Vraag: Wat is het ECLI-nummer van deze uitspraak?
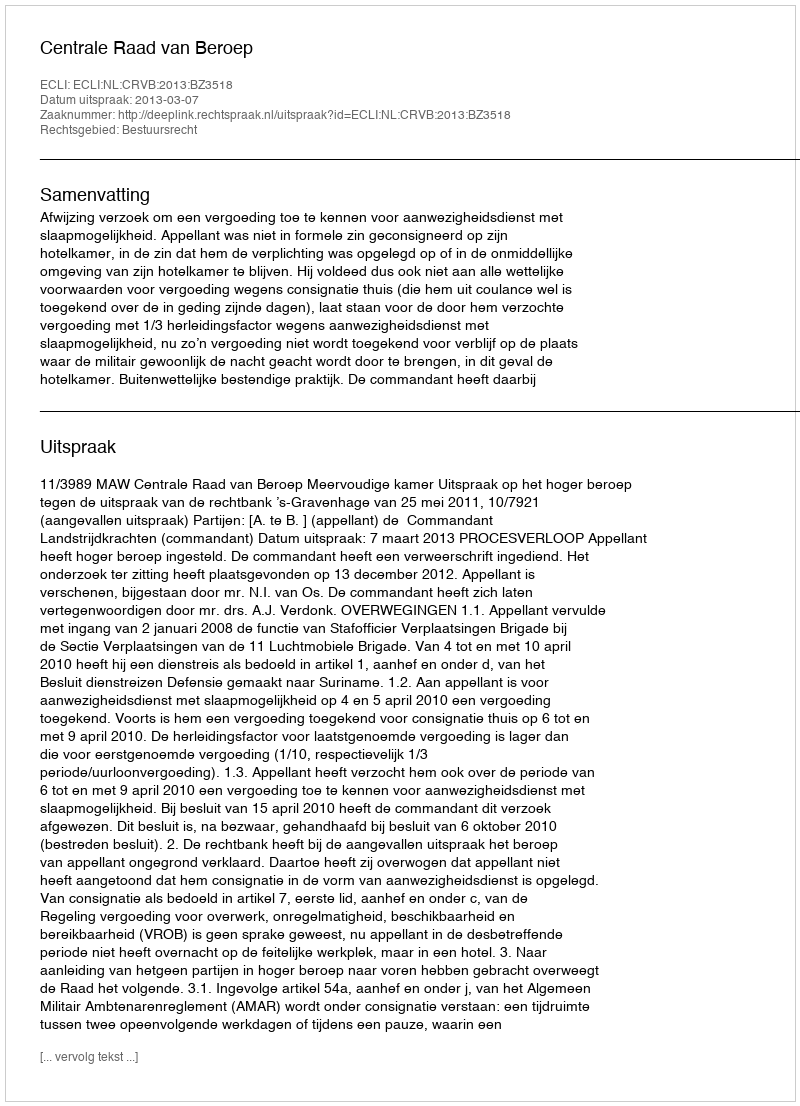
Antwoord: ECLI:NL:CRVB:2013:BZ3518